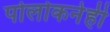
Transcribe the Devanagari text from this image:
पोलोकनेही